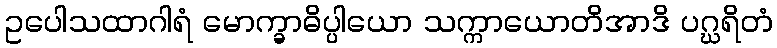
ဥပေါသထာဂါရံ မောက္ခာဓိပ္ပါယော သက္ကာယောတိအာဒိ ပဂ္ဃရိတံ